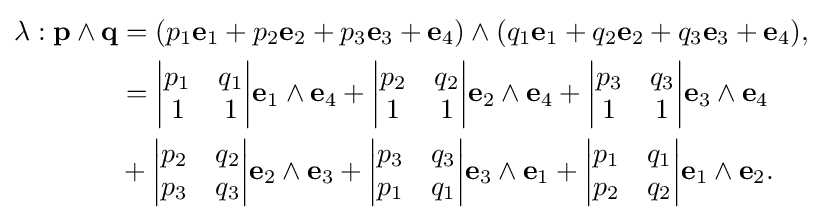
{\begin{aligned}\lambda :\mathbf {p} \wedge \mathbf {q} &=(p_{1}\mathbf {e} _{1}+p_{2}\mathbf {e} _{2}+p_{3}\mathbf {e} _{3}+\mathbf {e} _{4})\wedge (q_{1}\mathbf {e} _{1}+q_{2}\mathbf {e} _{2}+q_{3}\mathbf {e} _{3}+\mathbf {e} _{4}),\\&={\begin{vmatrix}p_{1}&q_{1}\\1&1\end{vmatrix}}\mathbf {e} _{1}\wedge \mathbf {e} _{4}+{\begin{vmatrix}p_{2}&q_{2}\\1&1\end{vmatrix}}\mathbf {e} _{2}\wedge \mathbf {e} _{4}+{\begin{vmatrix}p_{3}&q_{3}\\1&1\end{vmatrix}}\mathbf {e} _{3}\wedge \mathbf {e} _{4}\\&+{\begin{vmatrix}p_{2}&q_{2}\\p_{3}&q_{3}\end{vmatrix}}\mathbf {e} _{2}\wedge \mathbf {e} _{3}+{\begin{vmatrix}p_{3}&q_{3}\\p_{1}&q_{1}\end{vmatrix}}\mathbf {e} _{3}\wedge \mathbf {e} _{1}+{\begin{vmatrix}p_{1}&q_{1}\\p_{2}&q_{2}\end{vmatrix}}\mathbf {e} _{1}\wedge \mathbf {e} _{2}.\end{aligned}}